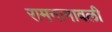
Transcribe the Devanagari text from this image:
रामनामावली